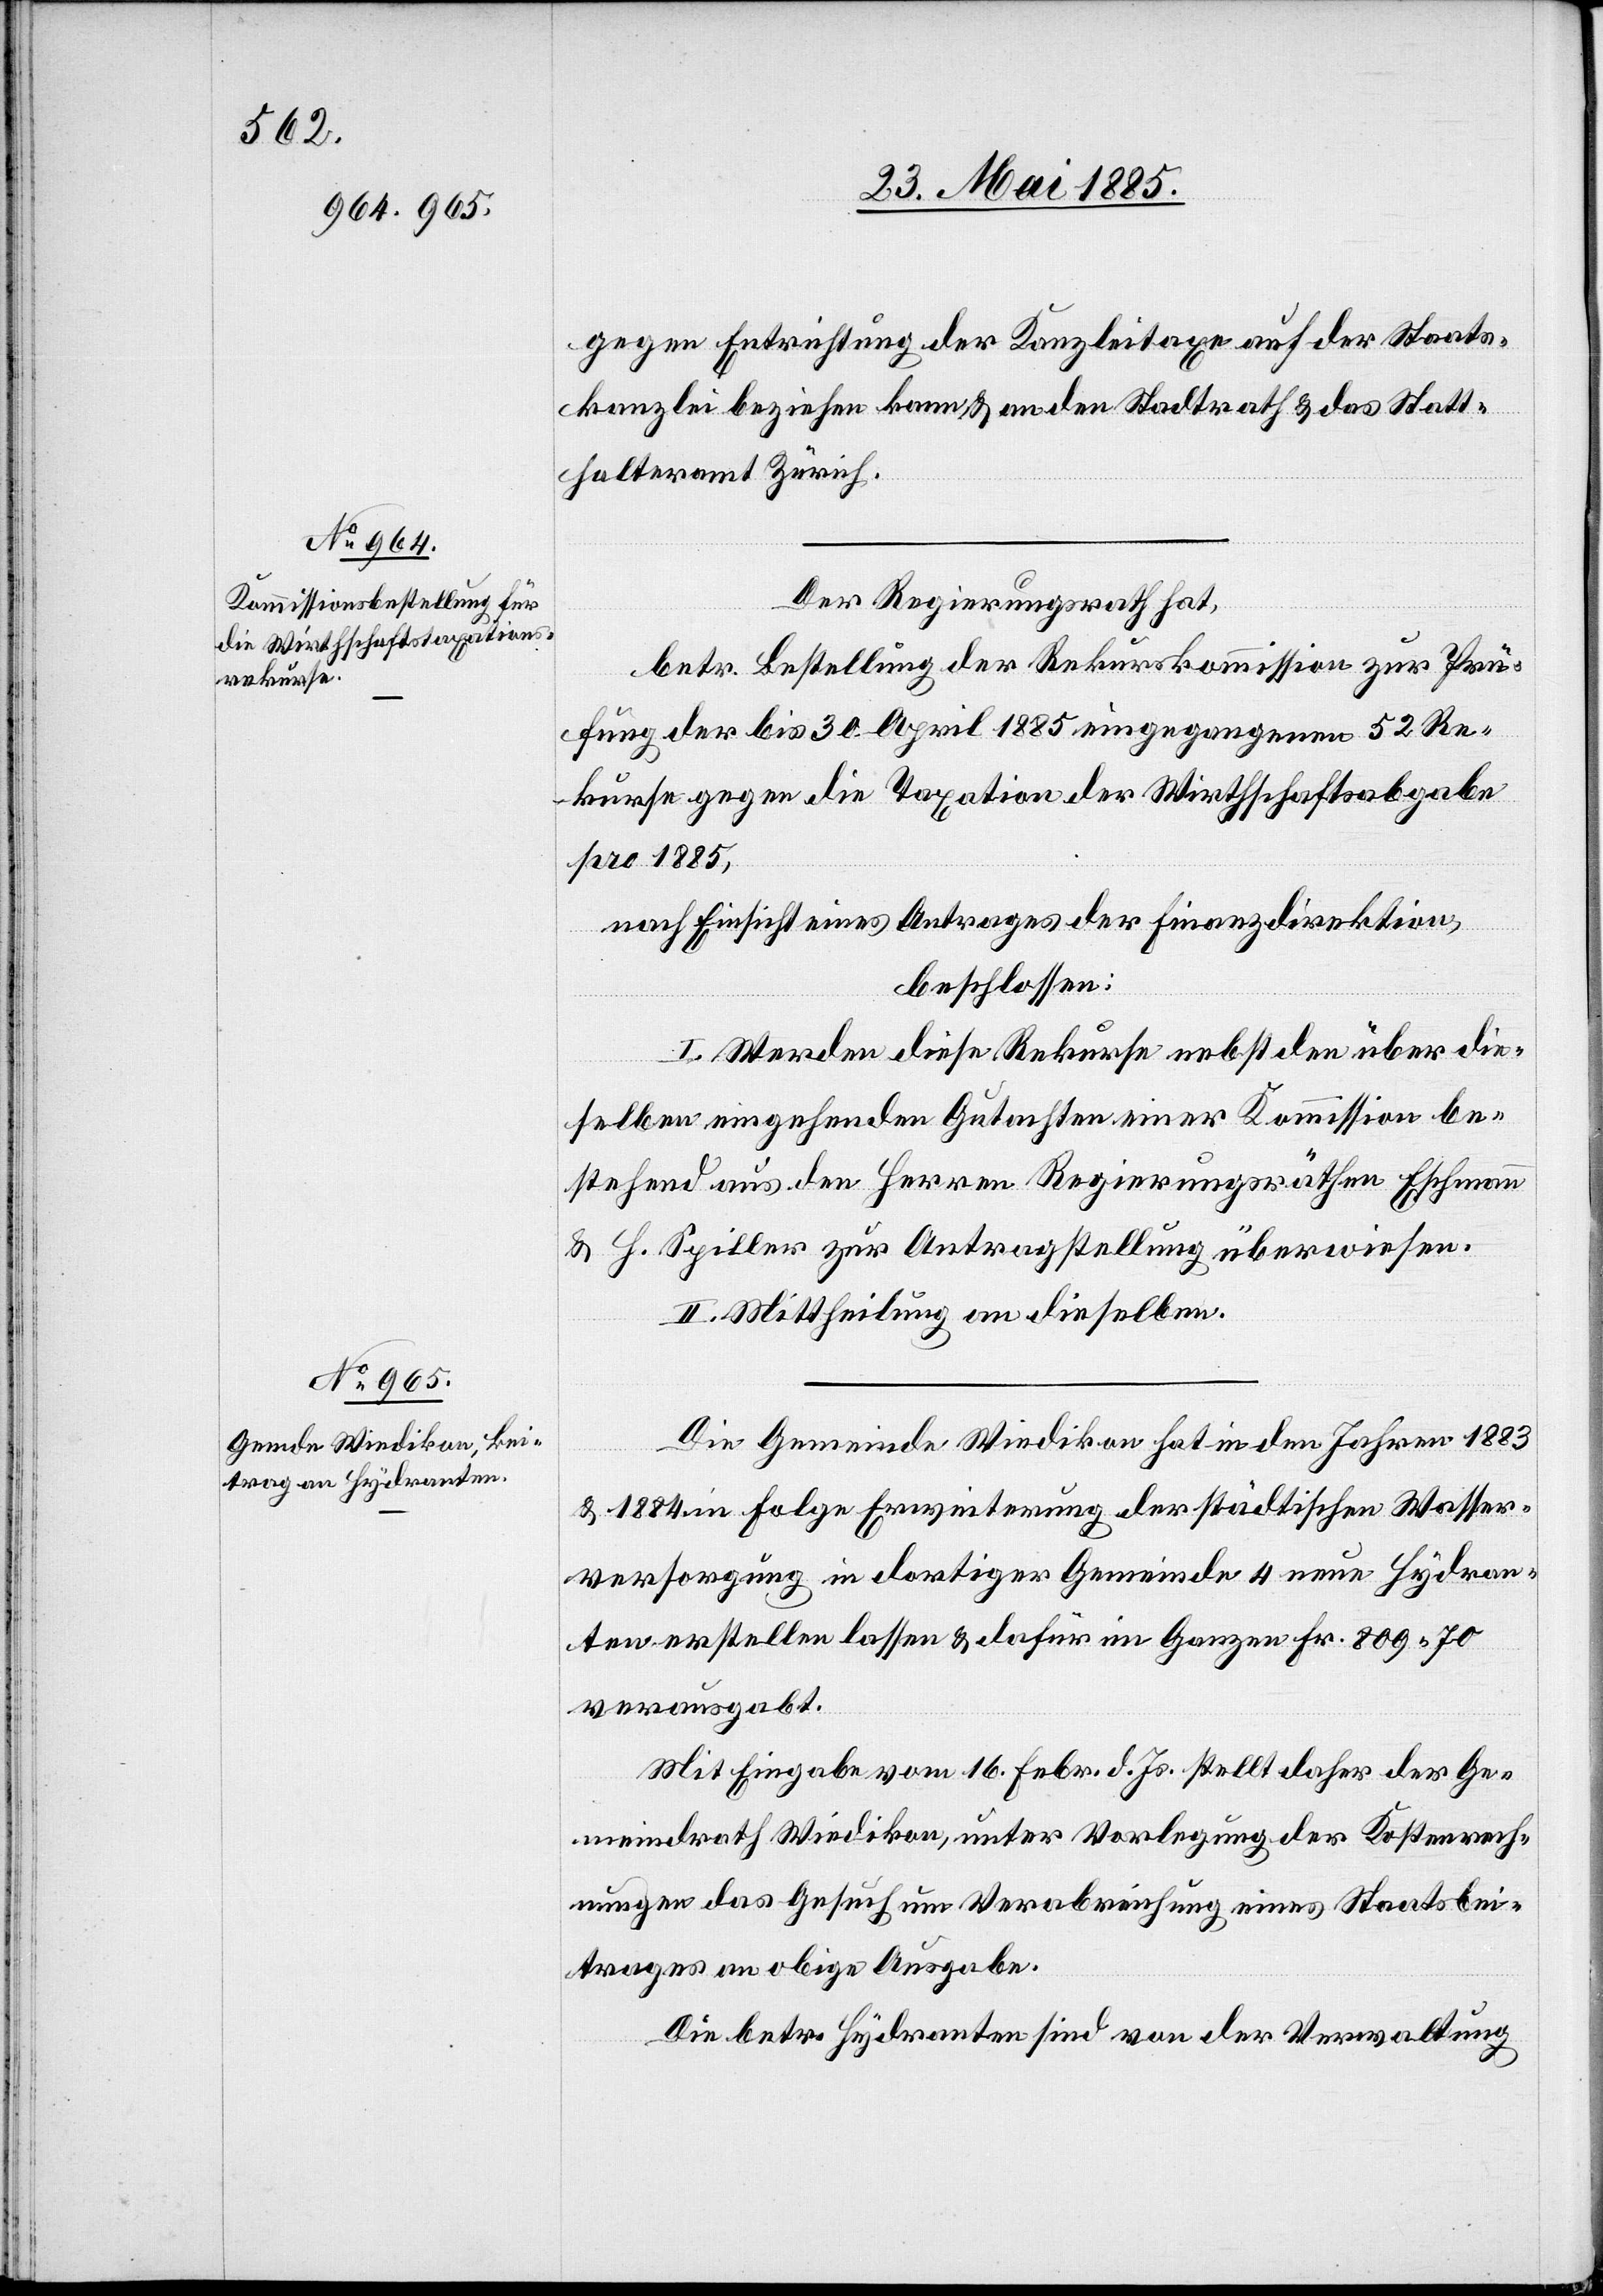
gegen Entrichtung der Kanzleitaxe auf der Staats¬
kanzlei beziehen kann & an den Stadtrath & das Statt¬
halteramt Zürich.
Der Regierungsrath hat,
betr. Bestellung der Rekurskommission zur Prü¬
fung der bis 30. April 1885 eingegangenen 52 Re¬
kurse gegen die Taxation der Wirthschaftsabgabe
pro 1885,
nach Einsicht eines Antrages der Finanzdirektion,
beschlossen:
I. Werden diese Rekurse nebst den über die
selben eingehenden Gutachten einer Kommission be¬
stehend aus den Herren Regierungsräthen Eschmann
& H. Spiller zur Antragstellung überwiesen.
II. Mittheilung an dieselben.
Die Gemeinde Wiedikon hat in den Jahren 1883
& 1884 in Folge Erweiterung der städtischen Wasser¬
versorgung in dortiger Gemeinde 4 neue Hydran¬
ten erstellen lassen & dafür im Ganzen Fr. 809 70
verausgabt.
Mit Eingabe vom 16. Febr. d. Js. stellt daher der Ge¬
meindrath Wiedikon, unter Vorlegung der Kostenrech¬
nungen das Gesuch um Verabreichung eines Staatsbei¬
trages an obige Ausgabe.
Die betr. Hydranten sind von der Verwaltung